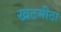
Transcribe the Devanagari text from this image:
खटमीठा